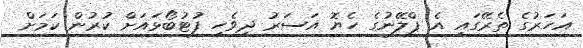
އަހަރުގެ ތެރޭގައި އެ ޕްލޭނުގެ ހެޔޮ އަސަރު ދިވެހި ފުޓުބޯޅައަށް ކުރުން ކަމަށް